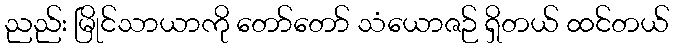
ညည်း မြိုင်သာယာကို တော်တော် သံယောဇဉ် ရှိတယ် ထင်တယ်